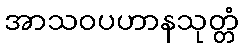
အာသဝပဟာနသုတ္တံ